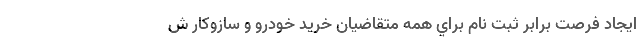
ايجاد فرصت برابر ثبت نام براي همه متقاضيان خريد خودرو و سازوكار ش